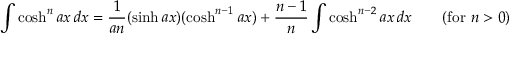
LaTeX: \int \cosh ^ { n } a x \, d x = { \frac { 1 } { a n } } ( \sinh a x ) ( \cosh ^ { n - 1 } a x ) + { \frac { n - 1 } { n } } \int \cosh ^ { n - 2 } a x \, d x \qquad { \mathrm { ( f o r ~ } } n > 0 { \mathrm { ) } }